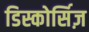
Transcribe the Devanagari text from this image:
डिस्कोर्सिज़